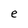
Character: e